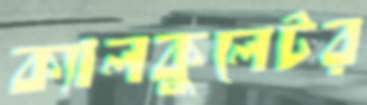
ক্যালকুলেটর